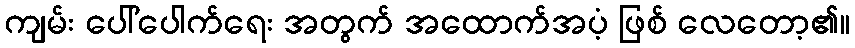
ကျမ်း ပေါ်ပေါက်ရေး အတွက် အထောက်အပံ့ ဖြစ် လေတော့၏။